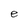
Character: e